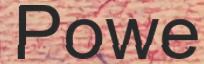
Powe